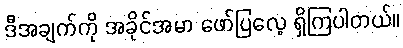
ဒီအချက်ကို အခိုင်အမာ ဖော်ပြလေ့ ရှိကြပါတယ်။